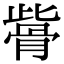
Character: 𩨱